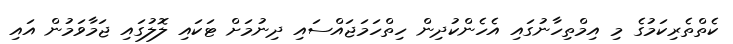
ކެތްތެރިކަމުގެ މި އިމްތިހާނުގައި އެހެންކުދިން ހިތްހަމަޖައްސައި ދިނުމަށް ޓަކައި ލޮލުގައި ޖަމާވަމުން އައި